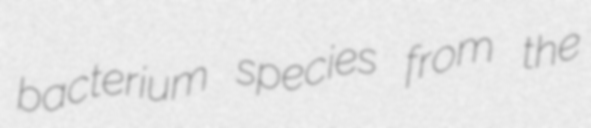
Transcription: bacterium species from the